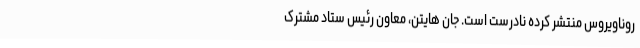
روناویروس منتشر کرده نادرست است. جان هایتن، معاون رئیس ستاد مشترک